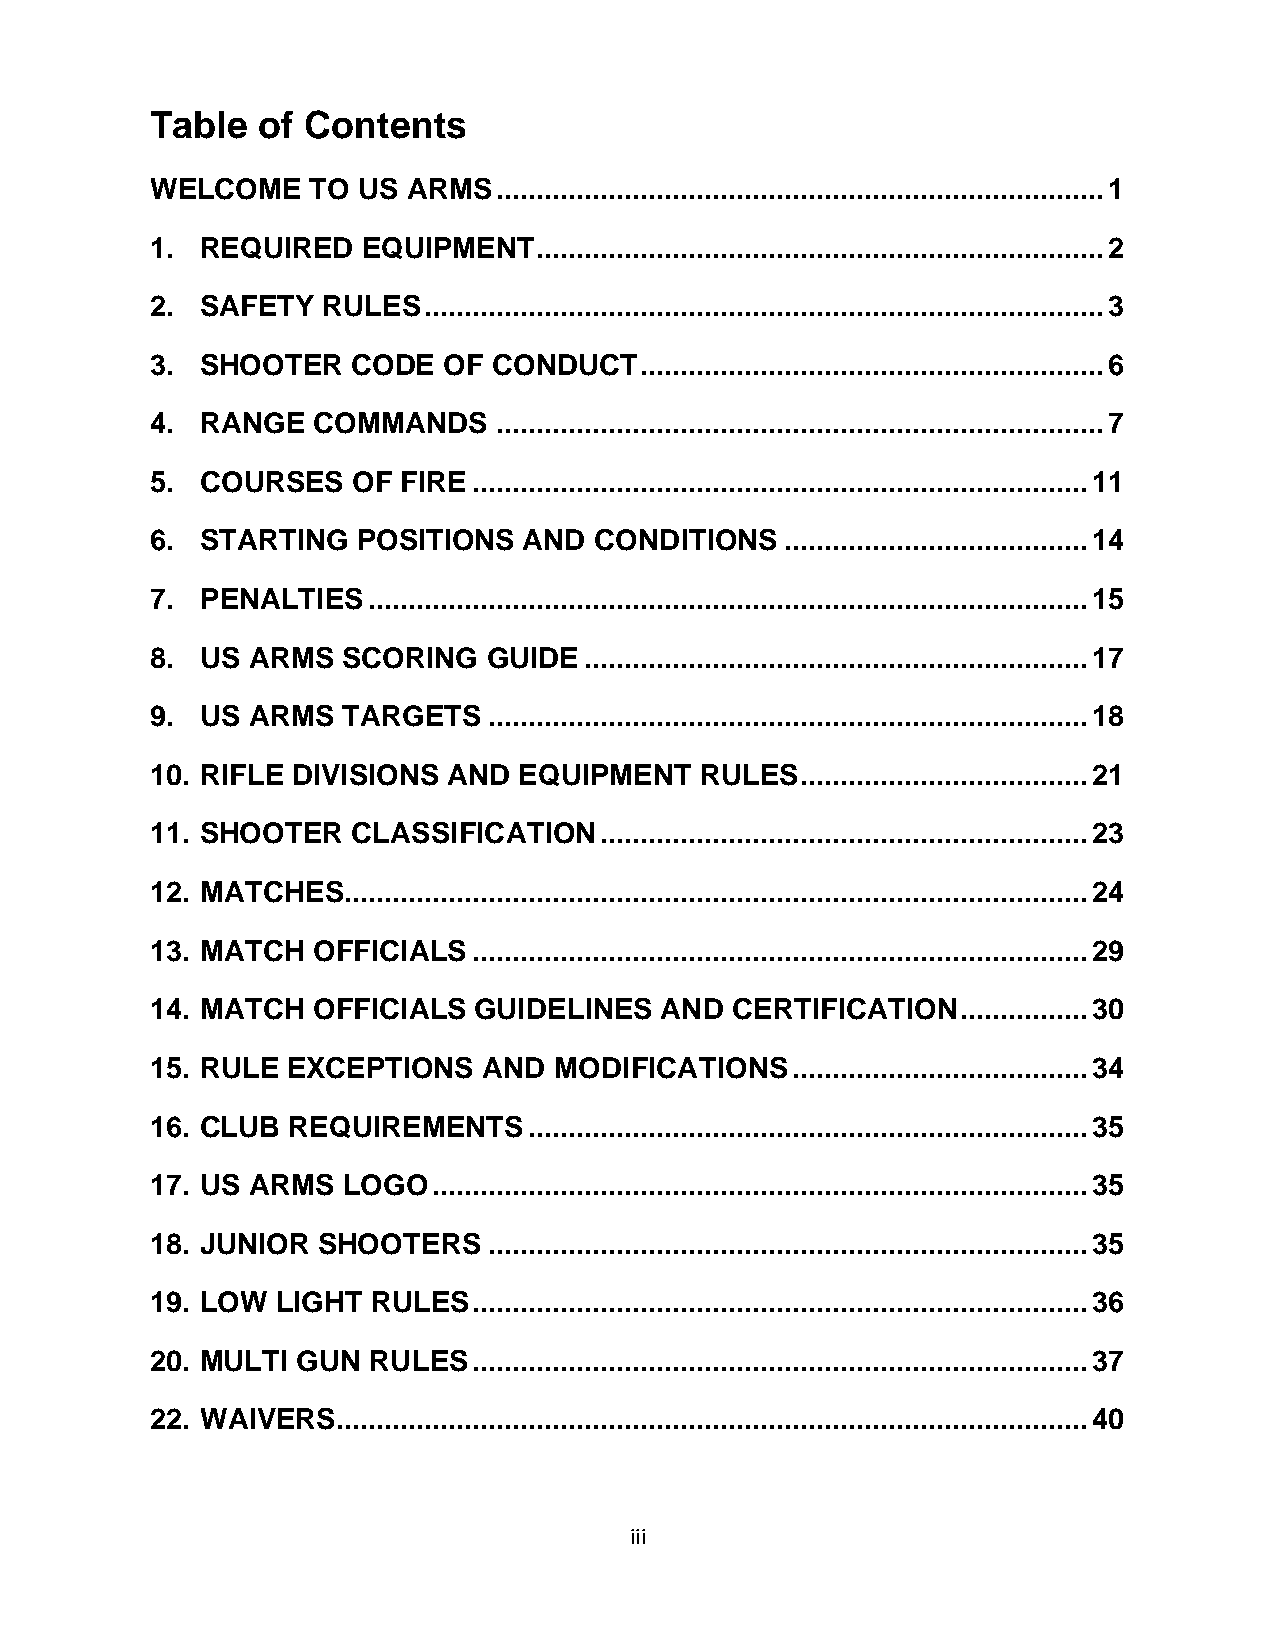
Table  of Contents
 WELCOME    TO US ARMS  ............................................................................ 1
 1. REQUIRED   EQUIPMENT   ....................................................................... 2
 2. SAFETY  RULES  ..................................................................................... 3
 3. SHOOTER   CODE  OF  CONDUCT  .......................................................... 6
 4. RANGE   COMMANDS    ............................................................................ 7
 5. COURSES   OF  FIRE ............................................................................. 11
 6. STARTING   POSITIONS  AND CONDITIONS   ...................................... 14
 7. PENALTIES  .......................................................................................... 15
 8. US ARMS   SCORING  GUIDE  ............................................................... 17
 9. US ARMS   TARGETS  ........................................................................... 18
 10. RIFLE DIVISIONS AND EQUIPMENT   RULES  .................................... 21
 11. SHOOTER  CLASSIFICATION   ............................................................. 23
 12. MATCHES............................................................................................. 24
 13. MATCH  OFFICIALS ............................................................................. 29
 14. MATCH  OFFICIALS GUIDELINES   AND  CERTIFICATION  ................ 30
 15. RULE EXCEPTIONS   AND  MODIFICATIONS  ..................................... 34
 16. CLUB REQUIREMENTS    ...................................................................... 35
 17. US ARMS  LOGO  .................................................................................. 35
 18. JUNIOR SHOOTERS   ........................................................................... 35
 19. LOW LIGHT  RULES ............................................................................. 36
 20. MULTI GUN RULES  ............................................................................. 37
 22. WAIVERS.............................................................................................. 40
 iii